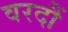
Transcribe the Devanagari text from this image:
वरदौं